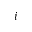
i